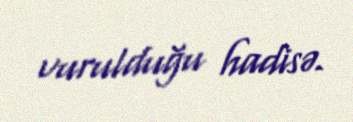
vurulduğu hadisə.